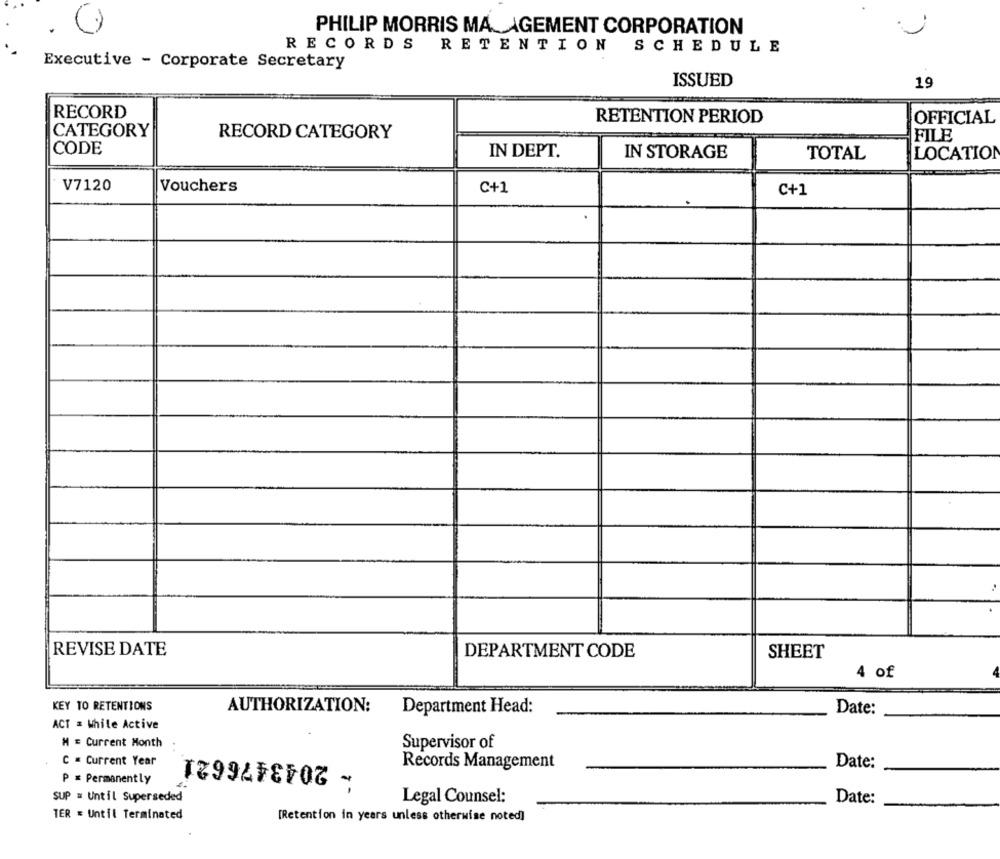
PHILIP MORRIS MA_AGEMENT CORPORATION
RECORDS
RETENTION SCHEDULE
Executive - Corporate Secretary
ISSUED
19
RECORD
RETENTION PERIOD
OFFICIAL
CATEGORY
RECORD CATEGORY
FILE
CODE
IN DEPT.
IN STORAGE
TOTAL
LOCATION
V7120
Vouchers
C+1
C+1
REVISE DATE
DEPARTMENT CODE
SHEET
4 of
KEY TO RETENTIONS
AUTHORIZATION:
Department Head:
Date:
ACT = While Active
M = Current Month
Supervisor of
- 2043476621
C = Current Year
Records Management
Date:
P = Permanently
SUP = Until Superseded
Legal Counsel:
Date:
TER * Until Terminated
[Retention in years unless otherwise noted]